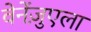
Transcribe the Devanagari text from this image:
वेनेंज़ुएला